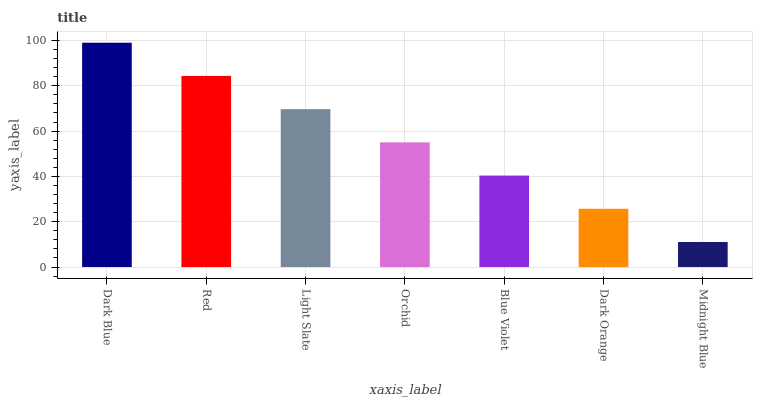
| xaxis_label | bars |
 | --- | --- |
 | Dark Blue | 99 |
 | Red | 84.3 |
 | Light Slate | 69.7 |
 | Orchid | 55 |
 | Blue Violet | 40.4 |
 | Dark Orange | 25.7 |
 | Midnight Blue | 11 |